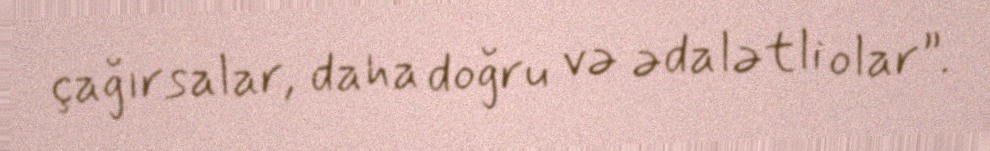
çağırsalar, daha doğru və ədalətli olar”.